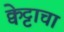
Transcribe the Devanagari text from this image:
क्वेट्टाचा